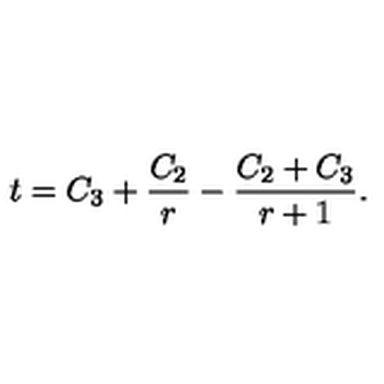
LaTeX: t = C _ { 3 } + \frac { C _ { 2 } } { r } - \frac { C _ { 2 } + C _ { 3 } } { r + 1 } .